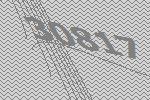
30817